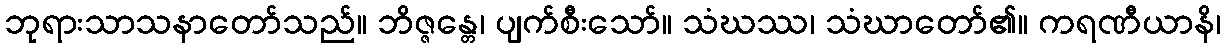
ဘုရားသာသနာတော်သည်။ ဘိဇ္ဇန္တေ၊ ပျက်စီးသော်။ သံဃဿ၊ သံဃာတော်၏။ ကရဏီယာနိ၊